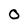
Character: 0